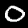
Digit: 0